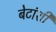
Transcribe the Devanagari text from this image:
बेटांशी